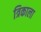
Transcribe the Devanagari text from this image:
त्रिकाला